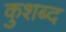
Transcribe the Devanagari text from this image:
कुशब्द